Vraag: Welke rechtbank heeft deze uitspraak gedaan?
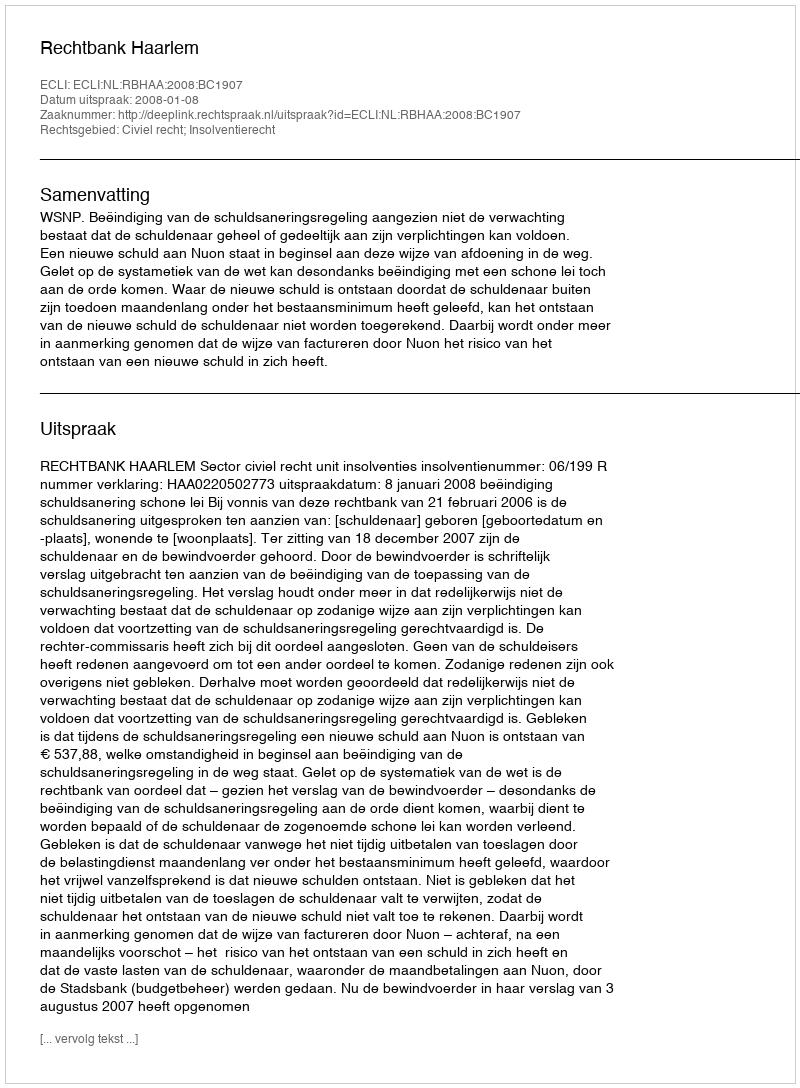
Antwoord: Rechtbank Haarlem